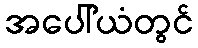
အပေါ်ယံတွင်